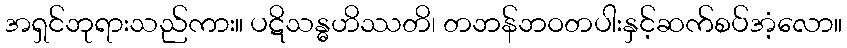
အရှင်ဘုရားသည်ကား။ ပဋိသန္ဓဟိဿတိ၊ တဘန်ဘဝတပါးနှင့်ဆက်စပ်အံ့လော။